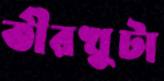
তীরখুটা